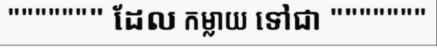
""""""" ដែល កម្លាយ ទៅជា """""""